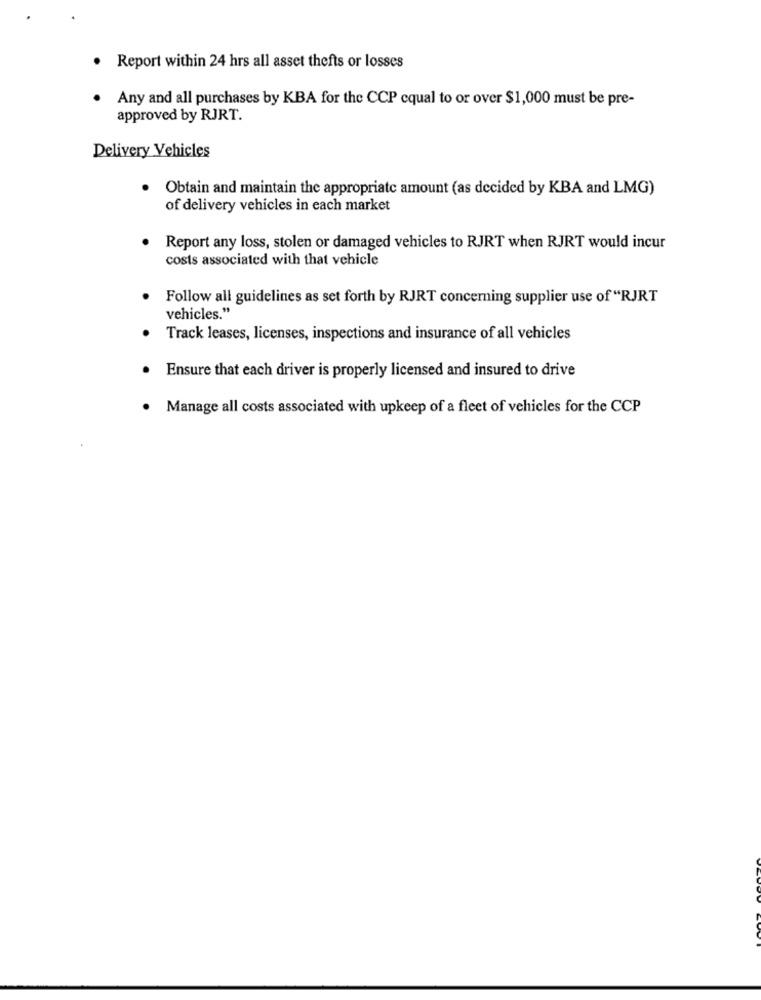
. Report within 24 hrs all asset thefts or losses
Any and all purchases by KBA for the CCP equal to or over $1,000 must be pre-
approved by RJRT.
Delivery Vehicles
Obtain and maintain the appropriate amount (as decided by KBA and LMG)
of delivery vehicles in each market
Report any loss, stolen or damaged vehicles to RJRT when RJRT would incur
costs associated with that vehicle
Follow all guidelines as set forth by RJRT concerning supplier use of "RJRT
vehicles."
Track leases, licenses, inspections and insurance of all vehicles
Ensure that each driver is properly licensed and insured to drive
Manage all costs associated with upkeep of a fleet of vehicles for the CCP